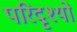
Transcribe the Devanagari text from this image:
परिदृश्‍यों